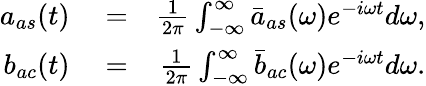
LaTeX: \begin{array}{rlr}{a_{as}(t)}&{{}=}&{\frac{1}{2\pi}\int_{-\infty}^{\infty}\bar{a}_{as}(\omega)e^{-i\omega t}d\omega,}\\ {b_{ac}(t)}&{{}=}&{\frac{1}{2\pi}\int_{-\infty}^{\infty}\bar{b}_{ac}(\omega)e^{-i\omega t}d\omega.}\end{array}